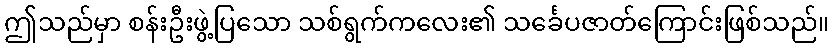
ဤသည်မှာ စန်းဦးဖွဲ့ပြသော သစ်ရွက်ကလေး၏ သင်္ခေပဇာတ်ကြောင်းဖြစ်သည်။